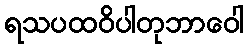
ရသပထဝိပါတုဘာဝေါ